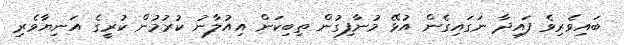
ބައިވެރިވެ ފައިދާ ނަގައިގެން އުޅޭ މުނާފިގުން ތިބިކަން އިއުލާނު ކުރުމުން ކުރީގެ އަނިޔާވެރި